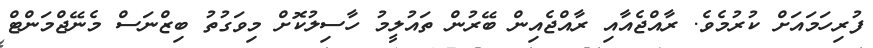
ފުރިހަމައަށް ކުރުމެވެ. ރާއްޖެއާއި ރާއްޖެއިން ބޭރުން ތައުލީމު ހާސިލުކޮށް މިވަގުތު ބިޒްނަސް މެނޭޖްމަންޓް